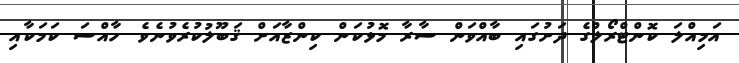
އަމިއްލަ ކޮންޓްރޯލްގެ ދަށުގައި ބާއްވަން ސާރާ މޮޅުކަން ކިންޒާއަށް ޤަބޫލުކުރެވުނެވެ. ހާއްސަ ކަމަކާއި